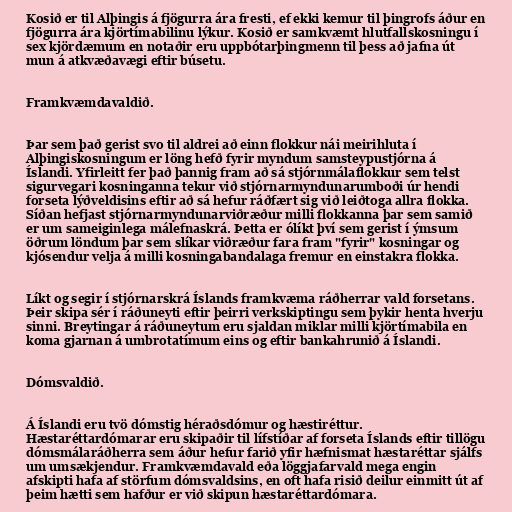
Kosið er til Alþingis á fjögurra ára fresti, ef ekki kemur til þingrofs áður en
fjögurra ára kjörtímabilinu lýkur. Kosið er samkvæmt hlutfallskosningu í
sex kjördæmum en notaðir eru uppbótarþingmenn til þess að jafna út
mun á atkvæðavægi eftir búsetu.

Framkvæmdavaldið.

Þar sem það gerist svo til aldrei að einn flokkur nái meirihluta í
Alþingiskosningum er löng hefð fyrir myndum samsteypustjórna á
Íslandi. Yfirleitt fer það þannig fram að sá stjórnmálaflokkur sem telst
sigurvegari kosninganna tekur við stjórnarmyndunarumboði úr hendi
forseta lýðveldisins eftir að sá hefur ráðfært sig við leiðtoga allra flokka.
Síðan hefjast stjórnarmyndunarviðræður milli flokkanna þar sem samið
er um sameiginlega málefnaskrá. Þetta er ólíkt því sem gerist í ýmsum
öðrum löndum þar sem slíkar viðræður fara fram "fyrir" kosningar og
kjósendur velja á milli kosningabandalaga fremur en einstakra flokka.

Líkt og segir í stjórnarskrá Íslands framkvæma ráðherrar vald forsetans.
Þeir skipa sér í ráðuneyti eftir þeirri verkskiptingu sem þykir henta hverju
sinni. Breytingar á ráðuneytum eru sjaldan miklar milli kjörtímabila en
koma gjarnan á umbrotatímum eins og eftir bankahrunið á Íslandi.

Dómsvaldið.

Á Íslandi eru tvö dómstig héraðsdómur og hæstiréttur.
Hæstaréttardómarar eru skipaðir til lífstíðar af forseta Íslands eftir tillögu
dómsmálaráðherra sem áður hefur farið yfir hæfnismat hæstaréttar sjálfs
um umsækjendur. Framkvæmdavald eða löggjafarvald mega engin
afskipti hafa af störfum dómsvaldsins, en oft hafa risið deilur einmitt út af
þeim hætti sem hafður er við skipun hæstaréttardómara.